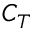
C _ { T }